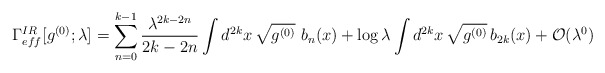
\begin{align*}\Gamma_{eff}^{IR}[g^{(0)}; \lambda]= \sum_{n=0}^{k-1} {\lambda^{2k-2n}\over 2k-2n}\int d^{2k}x\, \sqrt{g^{(0)}}\ b_n(x) + \log\lambda\int d^{2k}x\,\sqrt{g^{(0)}}\,b_{2k}(x) +{\cal O} (\lambda^0)\end{align*}